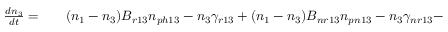
\begin{array} { r l r } { \frac { d n _ { 3 } } { d t } = } & { { } } & { ( n _ { 1 } - n _ { 3 } ) B _ { r 1 3 } n _ { p h 1 3 } - n _ { 3 } \gamma _ { r 1 3 } + ( n _ { 1 } - n _ { 3 } ) B _ { n r 1 3 } n _ { p n 1 3 } - n _ { 3 } \gamma _ { n r 1 3 } - } \end{array}